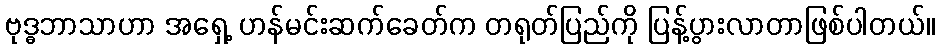
ဗုဒ္ဓဘာသာဟာ အရှေ့ ဟန်မင်းဆက်ခေတ်က တရုတ်ပြည်ကို ပြန့်ပွားလာတာဖြစ်ပါတယ်။